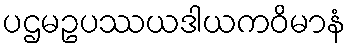
ပဌမဥပဿယဒါယကဝိမာနံ